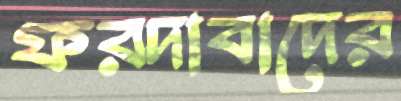
ফরদাবাদের